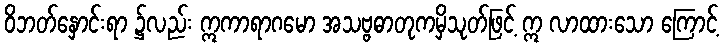
ဝိဘတ်နှောင်းရာ ၌လည်း ဣကာရာဂမော အသဗ္ဗဓာတုကမှိသုတ်ဖြင့် ဣ လာထားသော ကြောင့်